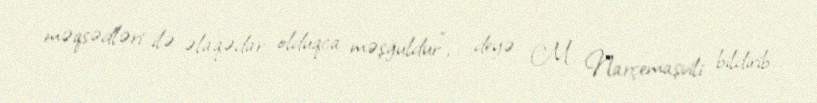
məqsədləri ilə əlaqədar olduqca məşğuldur”, - deyə M. Narçemaşvili bildirib.